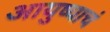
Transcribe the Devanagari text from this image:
आयुष्याचं